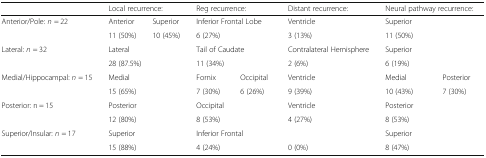
|  | <COLSPAN=2> Local recurrence: | <COLSPAN=2> Reg recurrence: | Distant recurrence: | <COLSPAN=2> Neural pathway recurrence: |
 | --- | --- | --- | --- | --- | --- | --- | --- |
 | <ROWSPAN=2> Anterior/Pole: n = 22 | Anterior | Superior | <COLSPAN=2> Inferior Frontal Lobe | Ventricle | <COLSPAN=2> Superior |
 | 11 (50%) | 10 (45%) | <COLSPAN=2> 6 (27%) | 3 (13%) | <COLSPAN=2> 11 (50%) |
 | <ROWSPAN=2> Lateral: n = 32 | <COLSPAN=2> Lateral | <COLSPAN=2> Tail of Caudate | Contralateral Hemisphere | <COLSPAN=2> Superior |
 | <COLSPAN=2> 28 (87.5%) | <COLSPAN=2> 11 (34%) | 2 (6%) | <COLSPAN=2> 6 (19%) |
 | <ROWSPAN=2> Medial/Hippocampal: n = 15 | <COLSPAN=2> Medial | Fornix | Occipital | Ventricle | Medial | Posterior |
 | <COLSPAN=2> 15 (65%) | 7 (30%) | 6 (26%) | 9 (39%) | 10 (43%) | 7 (30%) |
 | <ROWSPAN=2> Posterior: n = 15 | <COLSPAN=2> Posterior | <COLSPAN=2> Occipital | Ventricle | <COLSPAN=2> Posterior |
 | <COLSPAN=2> 12 (80%) | <COLSPAN=2> 8 (53%) | 4 (27%) | <COLSPAN=2> 8 (53%) |
 | <ROWSPAN=2> Superior/Insular: n = 17 | <COLSPAN=2> Superior | <COLSPAN=2> Inferior Frontal |  | <COLSPAN=2> Superior |
 | <COLSPAN=2> 15 (88%) | <COLSPAN=2> 4 (24%) | 0 (0%) | <COLSPAN=2> 8 (47%) |